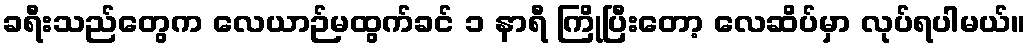
ခရီးသည်တွေက လေယာဉ်မထွက်ခင် ၁ နာရီ ကြိုပြီးတော့ လေဆိပ်မှာ လုပ်ရပါမယ်။